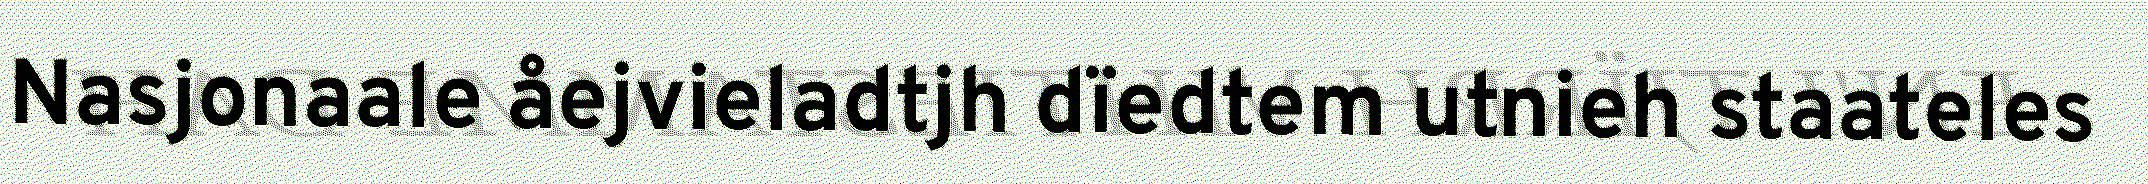
Nasjonaale åejvieladtjh dïedtem utnieh staateles